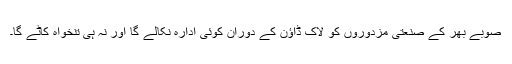
صوبے بھر کے صنعتی مزدوروں کو لاک ڈاؤن کے دوران کوئی ادارہ نکالے گا اور نہ ہی تنخواہ کاٹے گا۔